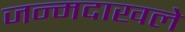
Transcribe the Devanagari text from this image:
जन्मदाखले